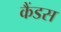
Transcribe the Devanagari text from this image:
कैंडस